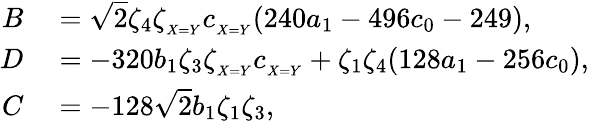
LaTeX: \begin{array}{rl}{B}&{{}=\sqrt{2}\zeta_{4}\zeta_{_{X=Y}}c_{_{X=Y}}(240a_{1}-496c_{0}-249),}\\ {D}&{{}=-320b_{1}\zeta_{3}\zeta_{_{X=Y}}c_{_{X=Y}}+\zeta_{1}\zeta_{4}(128a_{1}-256c_{0}),}\\ {C}&{{}=-128\sqrt{2}b_{1}\zeta_{1}\zeta_{3},}\end{array}